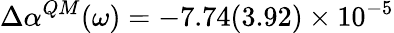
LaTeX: \Delta\alpha^{QM}(\omega)=-7.74(3.92)\times 10^{-5}